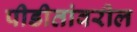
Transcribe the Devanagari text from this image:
पीडीतांवरील